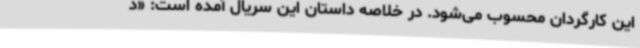
این کارگردان محسوب می‌شود. در خلاصه داستان این سریال آمده است: «د